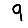
Digit: 9